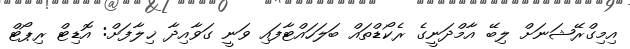
އިމިގްރޭޝަނަށް ލިބޭ އާމްދަނީގެ ރެކޯޑްތައް ބަލަހައްޓާފައި ވަނީ ގަވާއިދާ ޚިލާފަށް: އޮޑިޓް ރިޕޯޓް